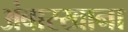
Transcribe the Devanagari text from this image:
अंबारखाना